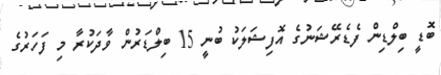
ބޮޑީ ބިލްޑިން ފެޑެރޭޝަނުގެ އޮފިޝަލަކު ބުނީ 15 ބިލްޑަރުން ވާދަކުރާ މި ފަހަރުގެ